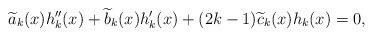
\begin{align*}\widetilde{a}_k(x) h_k''(x) + \widetilde{b}_k(x) h_k'(x) + (2k-1) \widetilde{c}_k(x) h_k(x) = 0,\end{align*}